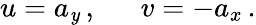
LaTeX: u=a_{\mathit{y}}\, ,\, \, \, \, \, \, \, \, \, v=-a_{x}\, .